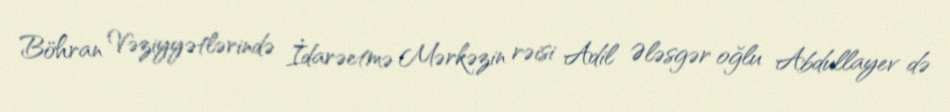
Böhran Vəziyyətlərində İdarəetmə Mərkəzin rəisi Adil Ələsgər oğlu Abdullayev də